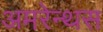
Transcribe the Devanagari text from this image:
अमरेन्थस